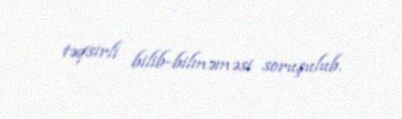
təqsirli bilib-bilməməsi soruşulub.